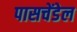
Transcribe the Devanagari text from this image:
पासचेंडेल